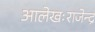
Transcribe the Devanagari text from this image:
आलेखःराजेन्द्र